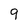
Character: 9